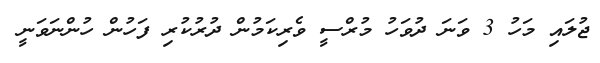
ޖުލައި މަހު 3 ވަނަ ދުވަހު މުރްސީ ވެރިކަމުން ދުރުކުރި ފަހުން ހުންނަވަނީ